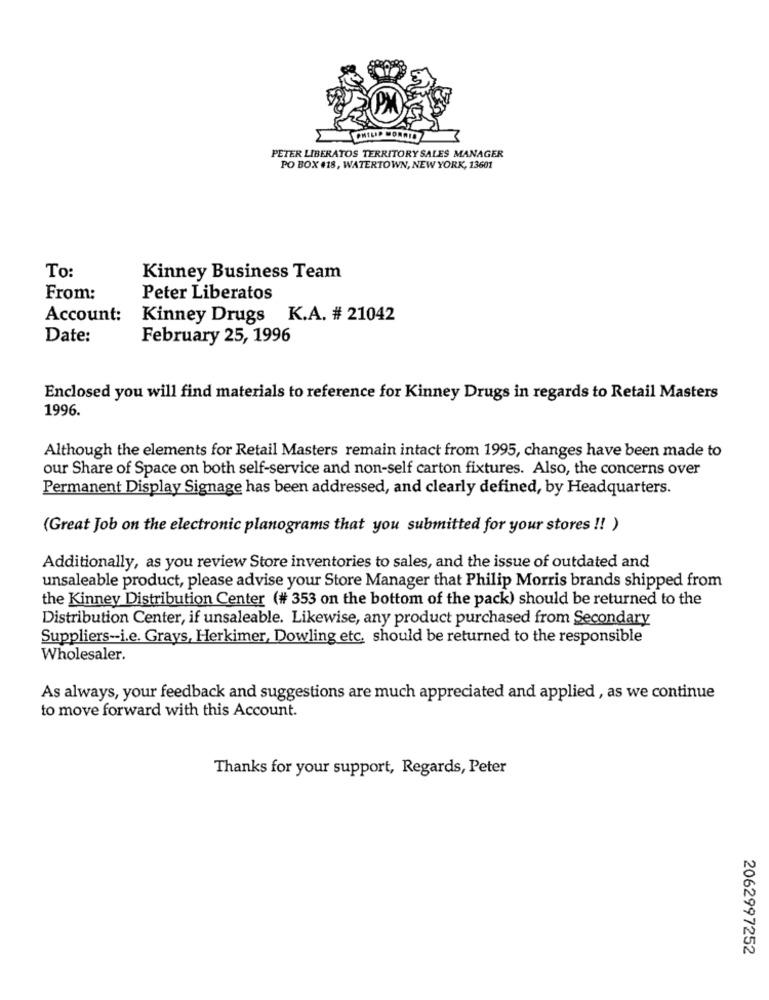
PETER LIBERATOS TERRITORY SALES MANAGER
PO BOX 418, WATERTOWN, NEW YORK, 13601
To:
Kinney Business Team
From:
Peter Liberatos
Account:
Kinney Drugs K.A. # 21042
Date:
February 25, 1996
Enclosed you will find materials to reference for Kinney Drugs in regards to Retail Masters
1996.
Although the elements for Retail Masters remain intact from 1995, changes have been made to
our Share of Space on both self-service and non-self carton fixtures. Also, the concerns over
Permanent Display Signage has been addressed, and clearly defined, by Headquarters.
(Great Job on the electronic planograms that you submitted for your stores !! )
Additionally, as you review Store inventories to sales, and the issue of outdated and
unsaleable product, please advise your Store Manager that Philip Morris brands shipped from
the Kinney Distribution Center (# 353 on the bottom of the pack) should be returned to the
Distribution Center, if unsaleable. Likewise, any product purchased from Secondary
Suppliers-i.e. Grays, Herkimer, Dowling etc. should be returned to the responsible
Wholesaler.
As always, your feedback and suggestions are much appreciated and applied , as we continue
to move forward with this Account.
Thanks for your support, Regards, Peter
2062997252